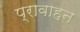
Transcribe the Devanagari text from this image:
प्रावाहन